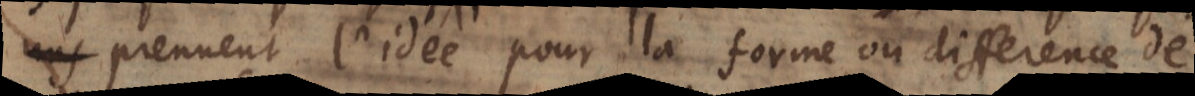
rs prennent l’idée pour la forme ou difference de